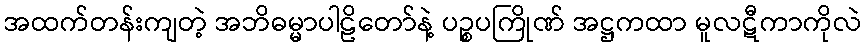
အထက်တန်းကျတဲ့ အဘိဓမ္မာပါဠိတော်နဲ့ ပဉ္စပကြိုဏ် အဋ္ဌကထာ မူလဋီကာကိုလဲ